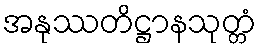
အနုဿတိဋ္ဌာနသုတ္တံ